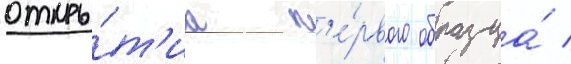
откры́т'иа п'е́рвого образца́ /